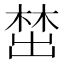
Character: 𪲵